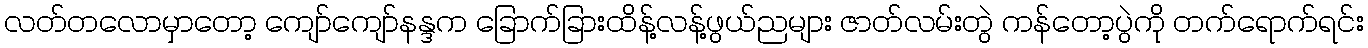
လတ်တလောမှာတော့ ကျော်ကျော်နန္ဒက ခြောက်ခြားထိန့်လန့်ဖွယ်ညများ ဇာတ်လမ်းတွဲ ကန်တော့ပွဲကို တက်ရောက်ရင်း